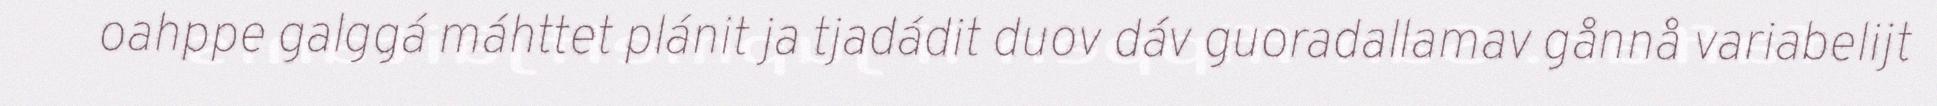
oahppe galggá máhttet plánit ja tjadádit duov dáv guoradallamav gånnå variabelijt